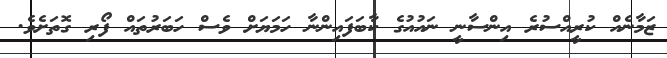
ޒަމާނެއް ކުރީއްސުރެ އިންސާނީ ނައުއުގެ ކާބަފައިންނާ ހަމަޔަށް ވެސް ހަބަރުތައް ފޯރި ގޮތަށެވެ.